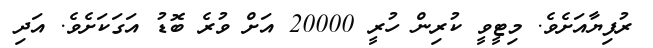
ރުފިޔާއަށެވެ. މިޓީވީ ކުރިން ހުރީ 20000 އަށް ވުރެ ބޮޑު އަގަކަށެވެ. އަދި